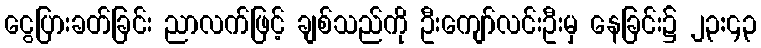
ငွေပြားခတ်ခြင်း ညာလက်ဖြင့် ချစ်သည်ကို ဦးကျော်လင်းဦးမှ နေခြင်း၌ ၂၃:၄၃